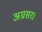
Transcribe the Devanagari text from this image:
अग्रसर।